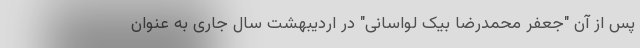
پس از آن "جعفر محمدرضا بیک لواسانی" در اردیبهشت سال جاری به عنوان